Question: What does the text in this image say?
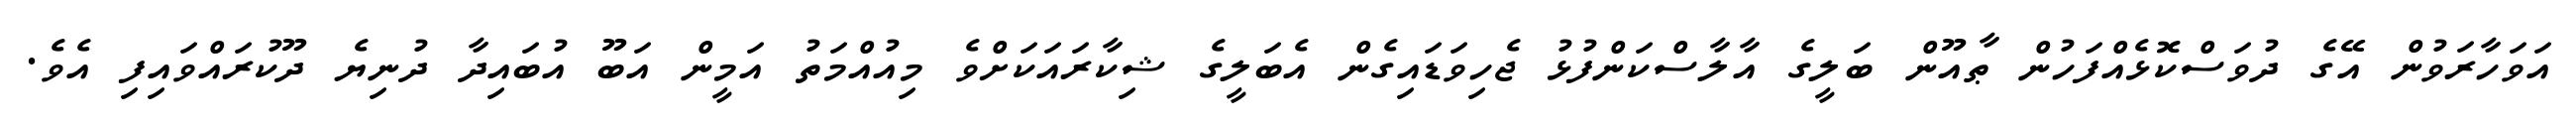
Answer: އަވަހާރަވުން އޭގެ ދުވަސްކޮޅެއްފަހުން ޠާއޫން ބަލީގެ އާލާސްކަންފުޅު ޖެހިވަޑައިގެން އެބަލީގެ ޝިކާރައަކަށްވެ މިއުއްމަތު އަމީން އަބޫ އުބައިދާ ދުނިޔެ ދޫކުރައްވައިފި އެވެ.